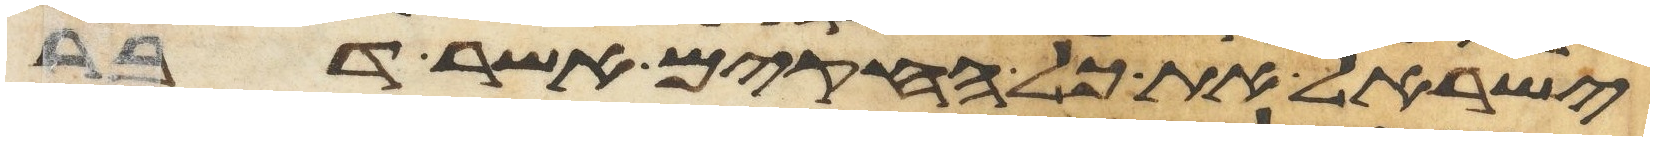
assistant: ישראל את כל החקים אשר דבר